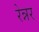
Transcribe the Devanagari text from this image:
रेन्नर